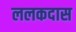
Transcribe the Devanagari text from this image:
ललकदास